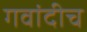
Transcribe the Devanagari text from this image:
गवांदीच